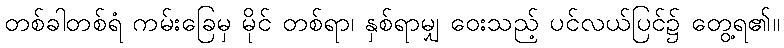
တစ်ခါတစ်ရံ ကမ်းခြေမှ မိုင် တစ်ရာ၊ နှစ်ရာမျှ ဝေးသည့် ပင်လယ်ပြင်၌ တွေ့ရ၏။